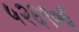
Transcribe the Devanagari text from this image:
५२६९०६